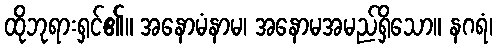
ထိုဘုရားရှင်၏။ အနောမံနာမ၊ အနောမအမည်ရှိသော။ နဂရံ၊